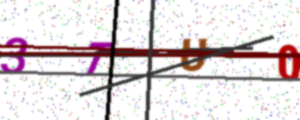
Text: 3TU0